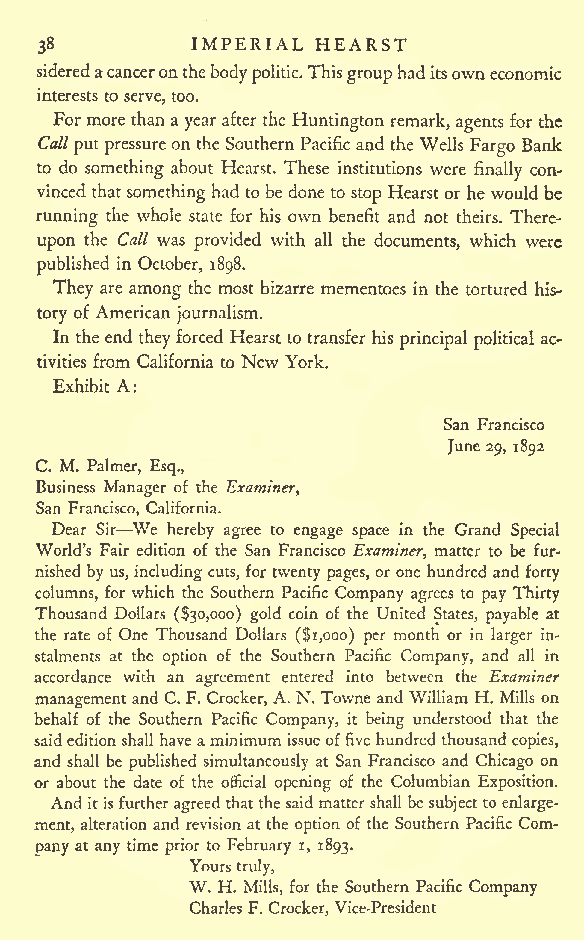
IMPERIAL HEARST
 38
 sideredacanceronthebodypolitic.Thisgrouphaditsowneconomic
 interests to serve, too.
 Formore thana year after the Huntington remark, agents for the
 Callputpressureon theSouthern Pacific and the Wells Fargo Bank
 to do something about Hearst. These institutions were finally con-
 vinced thatsomethinghad to be done to stop Hearstor he would be
 running the whole state for his own benefit and not theirs. There-
 upon the Call was provided with all the documents, which were
 published in October, 1898.
 They are among the most bizarre mementoes in the tortured his-
 tory of American journalism.
 In the end they forced Hearst to transfer his principal political ac-
 tivities from California to New York.
 Exhibit A:
 San Francisco
 June29, 1892
 C. M. Palmer, Esq.,
 Business Manager of the Examiner,
 San Francisco, California.
 Dear Sir We hereby agree to engage space in the Grand Special
 World's Fair edition of the San Francisco Examiner, matter to be fur-
 nished by us,including cuts, for twenty pages, or one hundred and forty
 columns, for which the Southern Pacific Company agrees to pay Thirty
 Thousand Dollars ($30,000) gold coin of the United States, payable at
 the rate of One Thousand Dollars ($1,000) per month or in larger in-
 stalments at the option of the Southern Pacific Company, and all in
 accordance with an agreement entered into between the Examiner
 managementand C. F. Crocker, A. N. Towne and William H. Mills on
 behalf of the Southern Pacific Company, it being understood that the
 saideditionshall have aminimum issueoffive hundred thousand copies,
 and shall be published simultaneously at San Francisco and Chicago on
 or about the date of the official opening of the Columbian Exposition.
 And itisfurtheragreedthatthesaid mattershall be subjectto enlarge-
 ment, alteration and revision at the option of the Southern Pacific Com-
 pany at any time prior to February i, 1893.
 Yours
 truly,
 W. H. Mills, for the Southern Pacific Company
 Charles F. Crocker, Vice-President